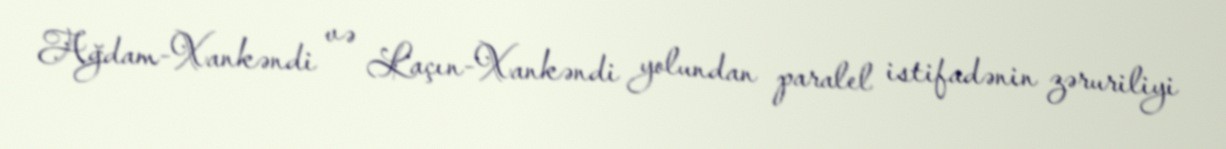
Ağdam-Xankəndi və Laçın-Xankəndi yolundan paralel istifadənin zəruriliyi